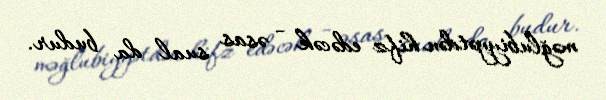
məğlubiyyətdən hifz edəcək - əsas sual da budur.